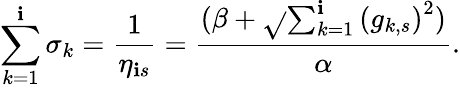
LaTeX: \sum_{k=1}^{\mathbf{i}}\sigma_{k}=\frac{{1}}{{\eta_{\mathbf{i}s}}}=\frac{{(\beta+\sqrt{}{{\sum_{k=1}^{\mathbf{i}}{(g_{k,s})}^{2}}})}}{{\alpha}}.